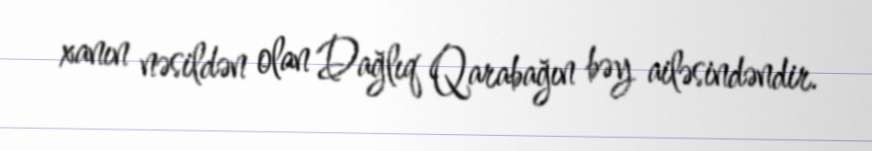
xanın nəsildən olan Dağlıq Qarabağın bəy ailəsindəndir.